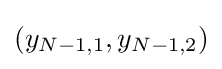
(y_{N-1,1},y_{N-1,2})